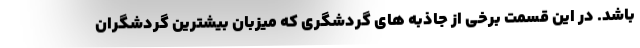
باشد. در این قسمت برخی از جاذبه های گردشگری که میزبان بیشترین گردشگران